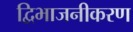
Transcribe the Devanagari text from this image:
द्विभाजनीकरण